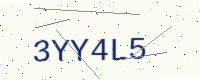
Text: 3YY4L5